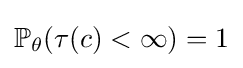
\mathbb {P} _{\theta }(\tau (c)<\infty )=1